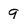
Character: 9